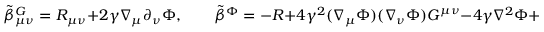
{ \tilde { \beta } } _ { \mu \nu } ^ { G } = R _ { \mu \nu } + 2 \gamma \nabla _ { \mu } \partial _ { \nu } \Phi , \qquad { \tilde { \beta } } ^ { \Phi } = - R + 4 \gamma ^ { 2 } ( \nabla _ { \mu } \Phi ) ( \nabla _ { \nu } \Phi ) G ^ { \mu \nu } - 4 \gamma \nabla ^ { 2 } \Phi + Q ^ { 2 }